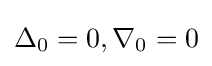
\Delta _{0}=0,\nabla _{0}=0